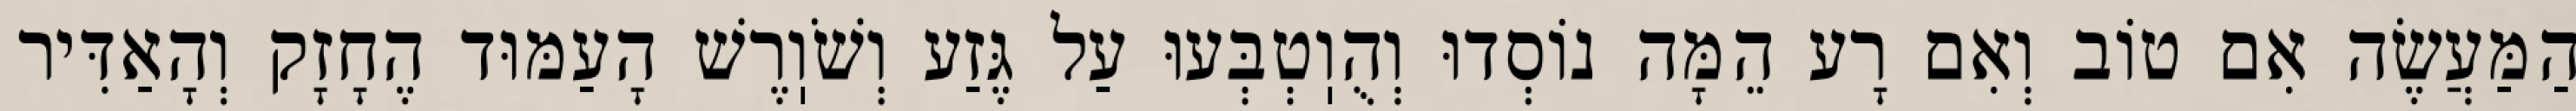
הַמַּעֲשֶׂה אִם טוֹב וְאִם רָע הֵמָּה נוֹסְדוּ וְהֻוֽטְבְּעוּ עַל גֶּזַע וְשֹׁוֽרֶשׁ הָעַמּוּד הֶחָזָק וְהָאַדִּיר